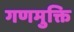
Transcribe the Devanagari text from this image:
गणमुक्ति